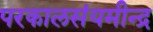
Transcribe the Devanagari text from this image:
परकालसंयमीन्द्र